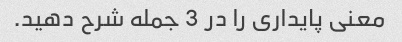
معنی پایداری را در 3 جمله شرح دهید.